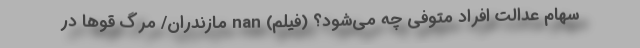
سهام عدالت افراد متوفی چه می‌شود؟ (فیلم) nan مازندران/ مرگ قوها در